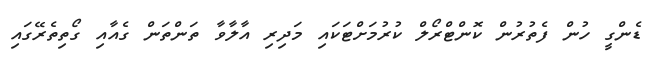
ޑެންގީ ހުން ފެތުރުން ކޮންޓްރޯލް ކުރުމަށްޓަކައި މަދިރި އާލާވާ ތަންތަން ގެއާއި ގޯތިތެރޭގައި